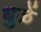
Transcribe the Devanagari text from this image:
धुळें